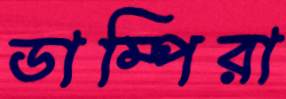
ডাম্পিরা